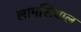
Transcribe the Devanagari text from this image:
लामसियाल